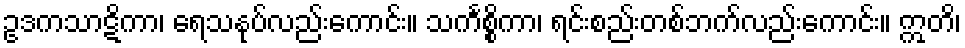
ဥဒကသာဋိကာ၊ ရေသနုပ်လည်းကောင်း။ သင်္ကစ္စိကာ၊ ရင်းစည်းတစ်ဘက်လည်းကောင်း။ ဣတိ၊